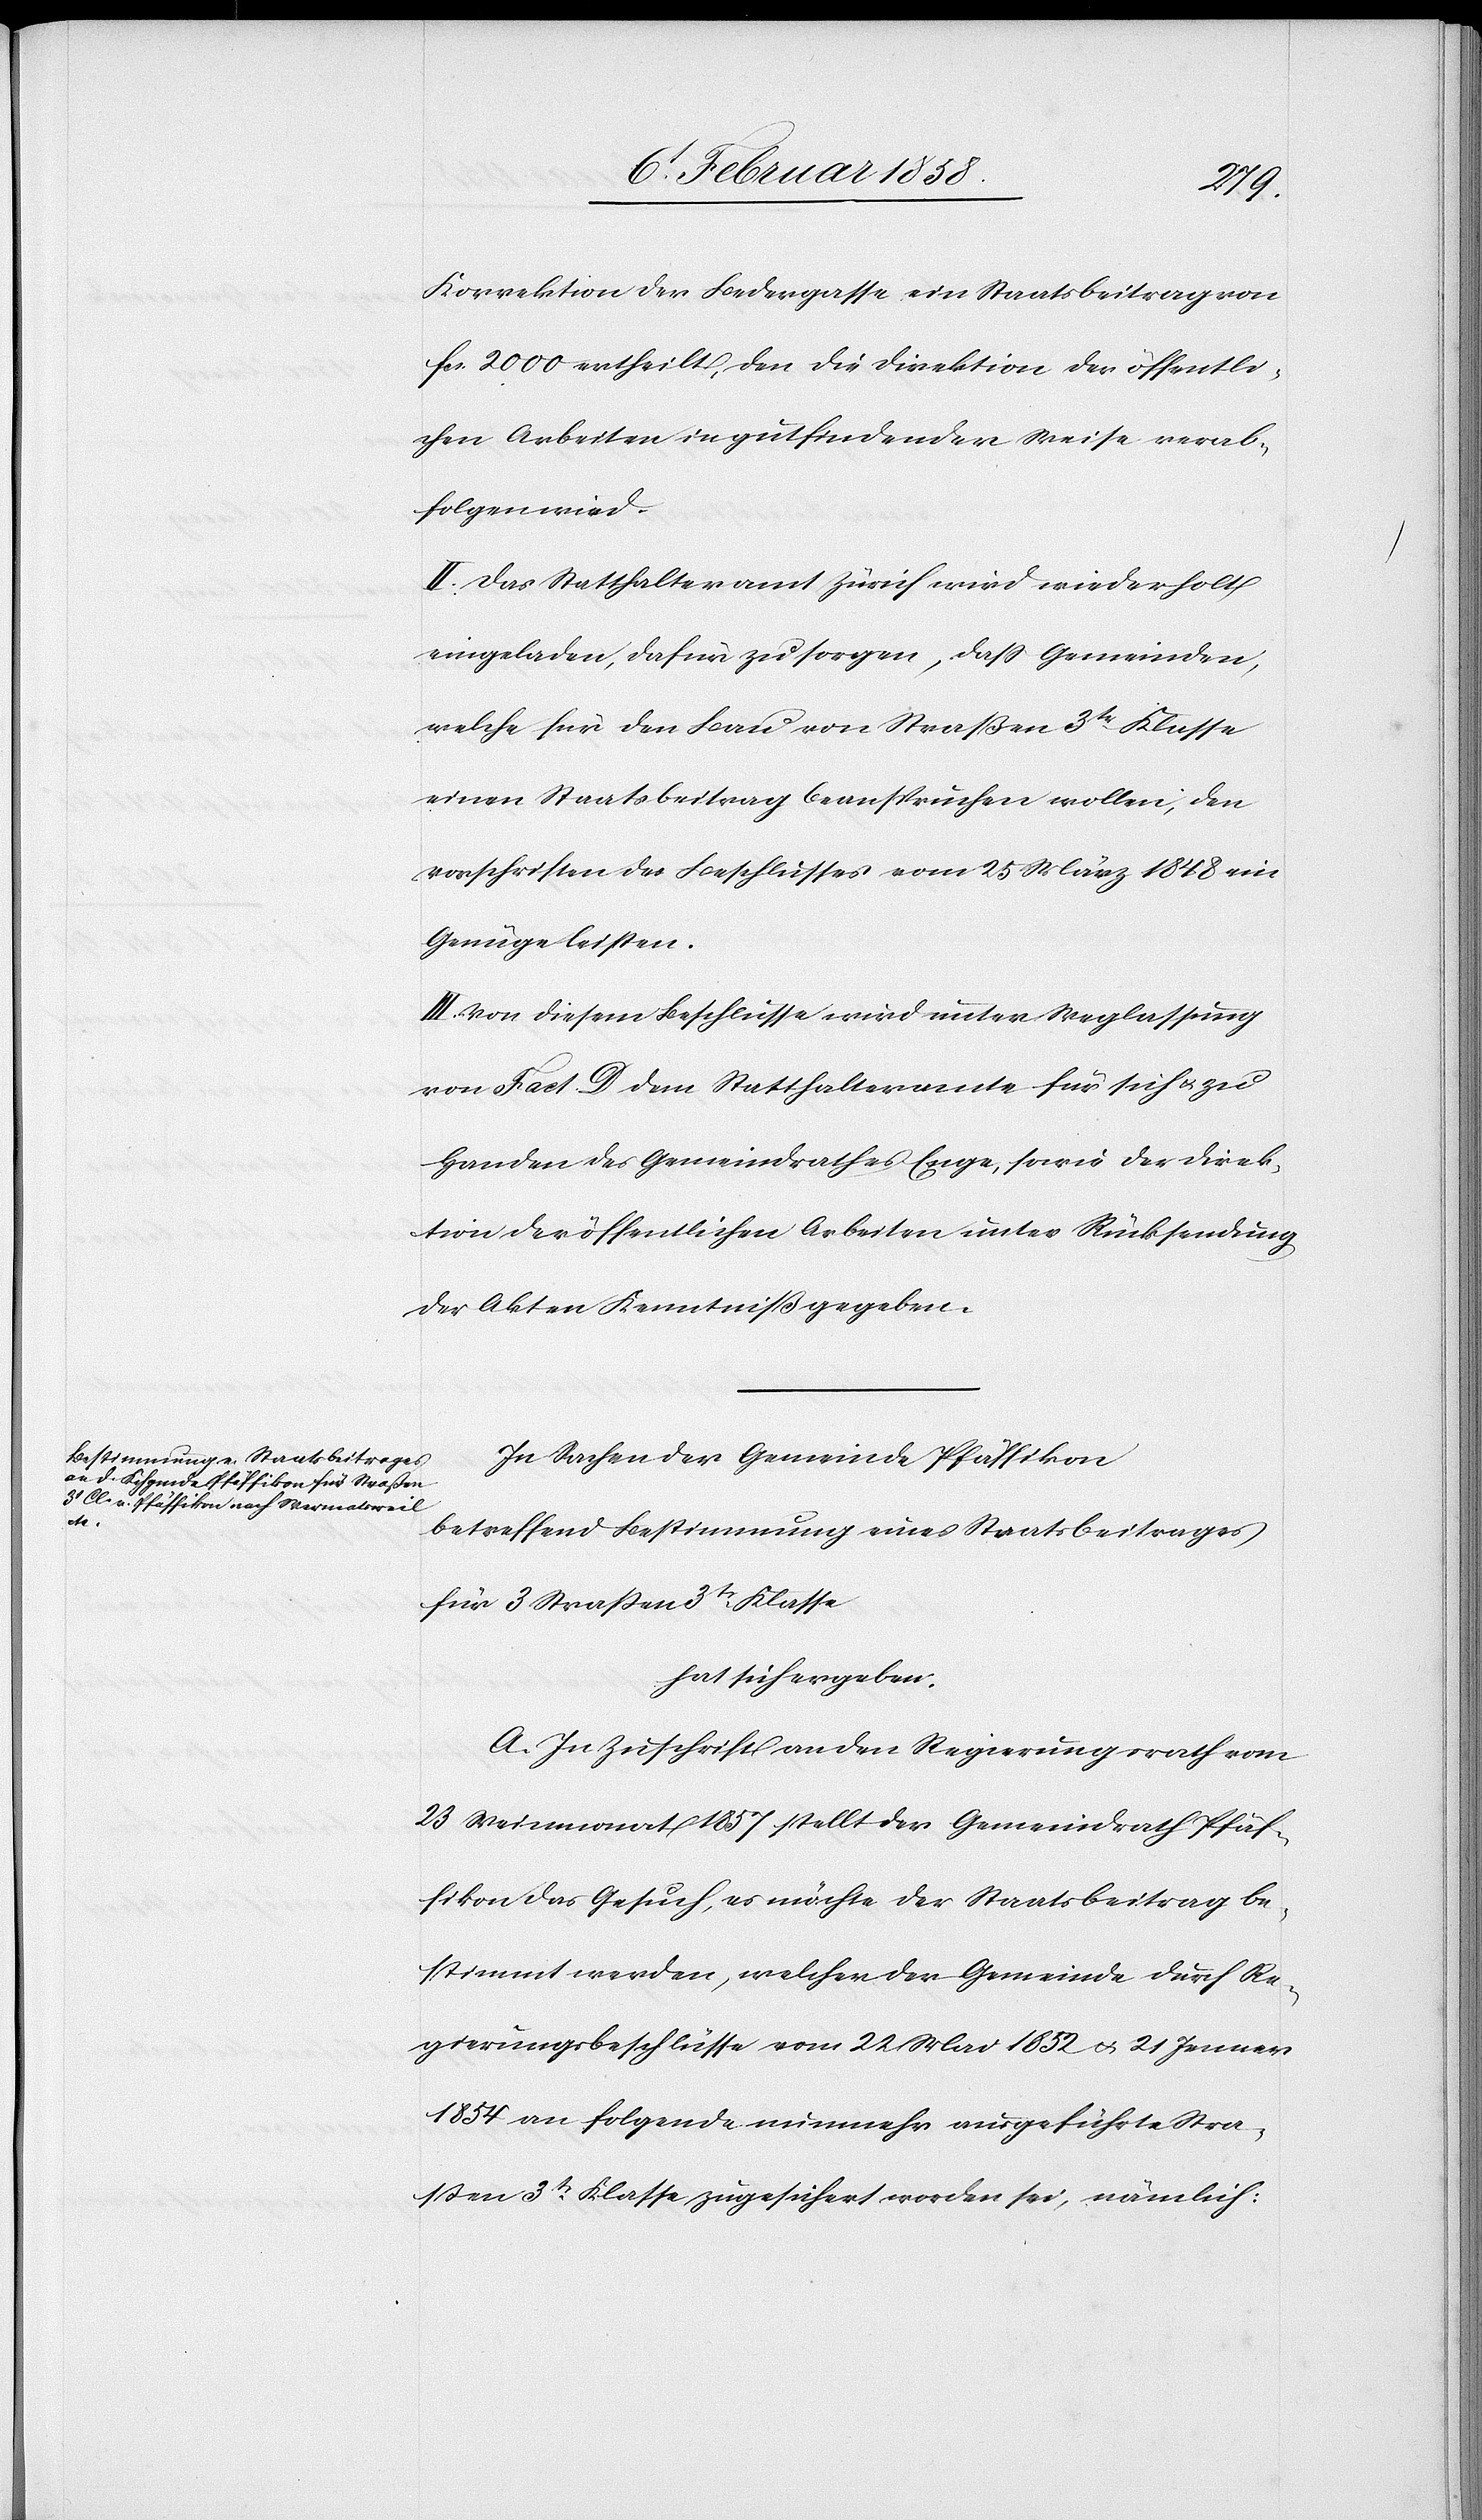
Korrektion der Bedergasse ein Staatsbeitrag von
fcs. 2000 ertheilt, den die Direktion der öffentli¬
chen Arbeiten in gutfindender Weise verab¬
folgen wird.
II. Das Statthalteramt Zürich wird wiederholt
eingeladen, dafür zu sorgen, daß Gemeinden,
welche für den Bau von Straßen 3tr Klasse
einen Staatsbeitrag beanspruchen wollen, den
vorschriften [sic!] des Beschlusses vom 25 März 1848 ein
Genüge leisten.
III. Von diesem Beschlusse wird unter Weglassung
von Fact. D dem Statthalteramte für sich u. zu
Handen des Gemeindrathes Enge, sowie der Direk¬
tion der öffentlichen Arbeiten unter Rücksendung
der Akten Kenntniß gegeben.
In Sachen der Gemeinde Pfäffikon
betreffend Bestimmung eines Staatsbeitrages
für 3 Straßen 3tr Klasse
hat sich ergeben:
A. In Zuschrift an den Regierungsrath vom
23 Weinmonat 1857 stellt der Gemeindrath Pfäf¬
fikon das Gesuch, es möchte der Staatsbeitrag be¬
stimmt werden, welcher der Gemeinde durch Re¬
gierungsbeschlüsse vom 22 Mai 1852 u. 21 Jenner
1854 an folgende nunmehr ausgeführte Stra¬
ßen 3t Klasse zugesichert worden sei, nämlich: